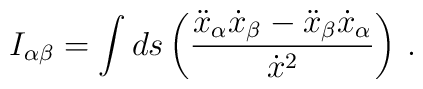
I_{\alpha \beta }=\int ds\left( \frac{\ddot{x}_{\alpha }\dot{x}_{\beta }-\ddot{x}_{\beta }\dot{x}_{\alpha }}{\dot{x}^{2}}\right) \, .